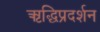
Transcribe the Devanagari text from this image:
ऋद्धिप्रदर्शन